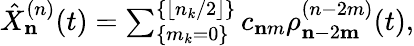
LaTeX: \begin{array}{r}{\hat{X}_{\mathbf n}^{(n)}(t)=\sum_{\{ m_{k}=0\} }^{\{ \lfloor n_{k}/2\rfloor\} }c_{\mathbf nm}\rho_{{\mathbf n}-2{\mathbf m}}^{(n-2m)}(t),}\end{array}